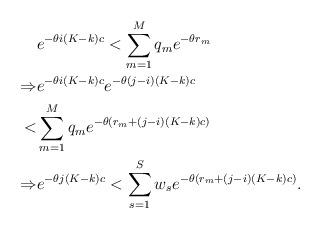
LaTeX: \begin{align*} & e^{-\theta i(K-k)c} < \sum_{m=1}^M q_m e^{-\theta r_m} \\ \Rightarrow & e^{-\theta i(K-k)c} e^{-\theta (j-i)(K-k)c} \\ < & \sum_{m=1}^M q_m e^{-\theta \left(r_m + (j-i)(K-k)c\right)} \\ \Rightarrow & e^{-\theta j(K-k)c} < \sum_{s=1}^S w_s e^{-\theta \left(r_m + (j-i)(K-k)c\right)}.\end{align*}